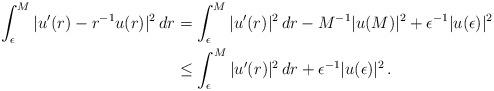
LaTeX: \begin{align*}\int_\epsilon^M |u'(r)-r^{-1} u(r)|^2\,dr & = \int_\epsilon^M |u'(r)|^2 \,dr - M^{-1} |u(M)|^2 + \epsilon^{-1} |u(\epsilon)|^2\\& \leq \int_\epsilon^M |u'(r)|^2 \,dr + \epsilon^{-1} |u(\epsilon)|^2 \,.\end{align*}